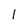
Character: l